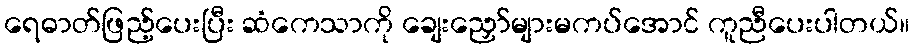
ရေဓာတ်ဖြည့်ပေးပြီး ဆံကေသာကို ချေးညှော်များမကပ်အောင် ကူညီပေးပါတယ်။